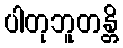
ပါတုဘူတန္တိ